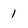
Character: 1